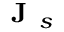
\textbf { J } _ { s }